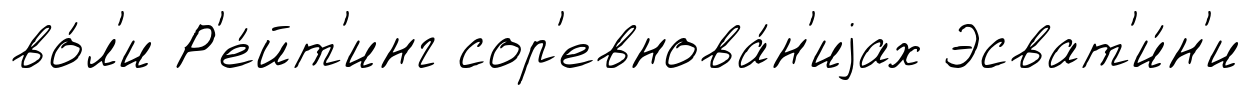
во́л'и Р'е́йт'инг сор'евнова́н'иjах Эсват'и́н'и